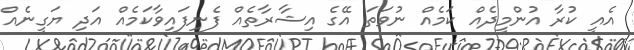
އެއީ ކުރާ އުންމީދެއް ކަމެއް ނުވަތަ އޭގެ އިޝާރާތެއް ފެނިފައިވާކަމެއް އަދި ޔަގީނެއް